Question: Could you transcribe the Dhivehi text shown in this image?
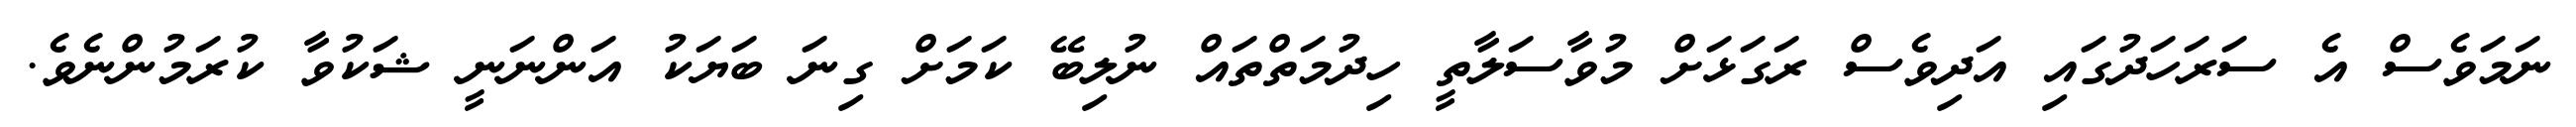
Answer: ނަމަވެސް އެ ސަރަހަދުގައި އަދިވެސް ރަގަޅަށް މުވާސަލާތީ ހިދުމަތްތައް ނުލިބޭ ކަމަށް ގިނަ ބަޔަކު އަންނަނީ ޝަކުވާ ކުރަމުންނެވެ.